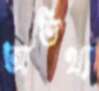
আতিথ্য